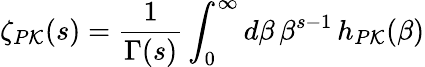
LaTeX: \zeta_{P{\cal K}}(s)=\frac{1}{\Gamma(s)}\int_{0}^{\infty}d\beta\, \beta^{s-1}\, h_{P{\cal K}}(\beta)